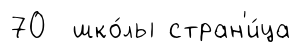
70 шко́лы стран'и́ца